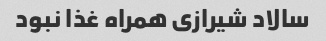
سالاد شیرازی همراه غذا نبود